Leaving Certificate Examination, 1919
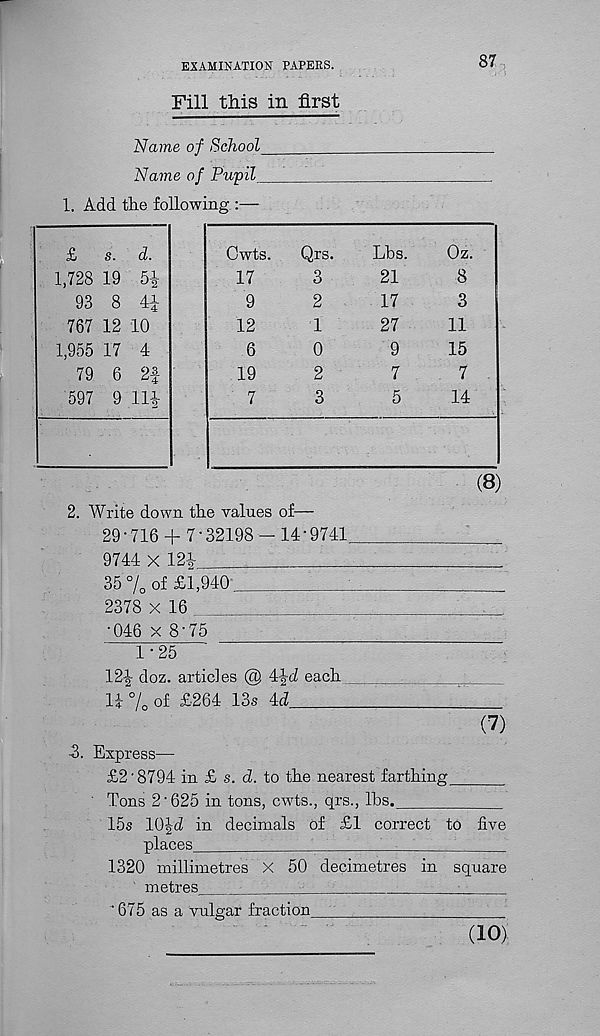
EXAMINATION PAPERS.
87
Fill this in first
Name of School
Name of Pupil
1. Add the following :—
(8)
2. Write down the values of—
29 • 716 + 7'32198 - 14 • 9741.
9744 x 124
35 % of £1.940
2378 x 16
'
.
•046 x 8-75
1-25
12^ doz. articles @ 4-|-<i each
;.
li % of £264 13s id
(7)
2. Express—
£2'8794 in £ s. d. to the nearest farthing
Tons 2‘625 in tons, cwts., qrs., lbs.
15s 10Jd in decimals of £1 correct to five
places
;
■
1320 millimetres X 50 decimetres in square
metres
-
-
'675 as a vulgar fraction__
(10)